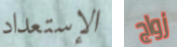
الإستعداد زواج